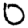
Digit: 0